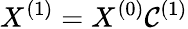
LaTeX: X^{(1)}=X^{(0)}\mathcal{C}^{(1)}